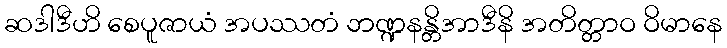
ဆဒါဒီဟိ စေပူဇာယံ အပဿတံ ဘဏ္ဍနန္တိအာဒီနိ အတိတ္တာဝ ဝိမာနေ